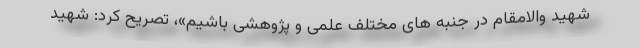
شهید والامقام در جنبه های مختلف علمی و پژوهشی باشیم»، تصریح کرد: شهید